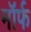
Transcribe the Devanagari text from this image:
मॉर्फ